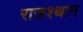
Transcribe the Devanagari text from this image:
राजश्थान